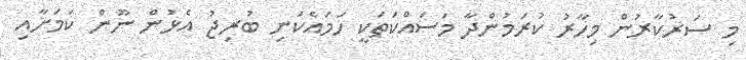
މި ސަރުކާރުން މިހާރު ކުރަމުންދާ މަސައްކަތަކީ ހަމައެކަނި ބުރިޖު އެޅުން ނޫން ކަމަށާއި